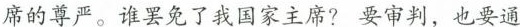
席的尊严。谁罢免了我国家主席?要审判，也要通